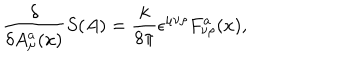
LaTeX: { \frac { \delta } { \delta A _ { \mu } ^ { a } ( x ) } } S ( A ) = { \frac { k } { 8 \pi } } \epsilon ^ { \mu \nu \rho } F _ { \nu \rho } ^ { a } ( x ) ,